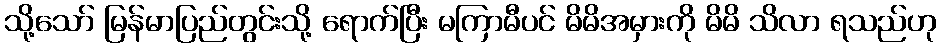
သို့သော် မြန်မာပြည်တွင်းသို့ ရောက်ပြီး မကြာမီပင် မိမိအမှားကို မိမိ သိလာ ရသည်ဟု